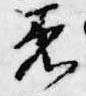
着